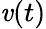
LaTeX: \mathit{v}(t)